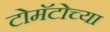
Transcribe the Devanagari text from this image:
टोमॅटोच्या